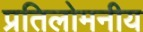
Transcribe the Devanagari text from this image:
प्रतिलोमनीय